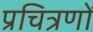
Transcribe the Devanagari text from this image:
प्रचित्रणों